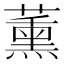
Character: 薰